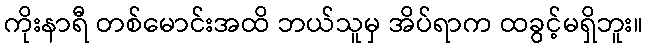
ကိုးနာရီ တစ်မောင်းအထိ ဘယ်သူမှ အိပ်ရာက ထခွင့်မရှိဘူး။